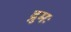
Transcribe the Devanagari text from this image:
द्रुमः